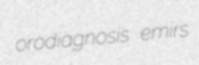
orodiagnosis emirs